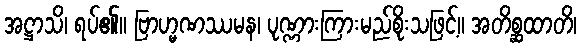
အဋ္ဌာသိ၊ ရပ်၏။ ဗြာဟ္မဏဿမန၊ ပုဏ္ဏားကြားမည်စိုးသဖြင့်။ အတိစ္ဆထာတိ၊